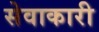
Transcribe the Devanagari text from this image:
सेवाकारी